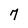
Character: 7